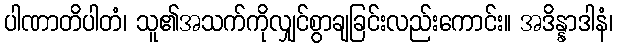
ပါဏာတိပါတံ၊ သူ၏အသက်ကိုလျှင်စွာချခြင်းလည်းကောင်း။ အဒိန္နာဒါနံ၊